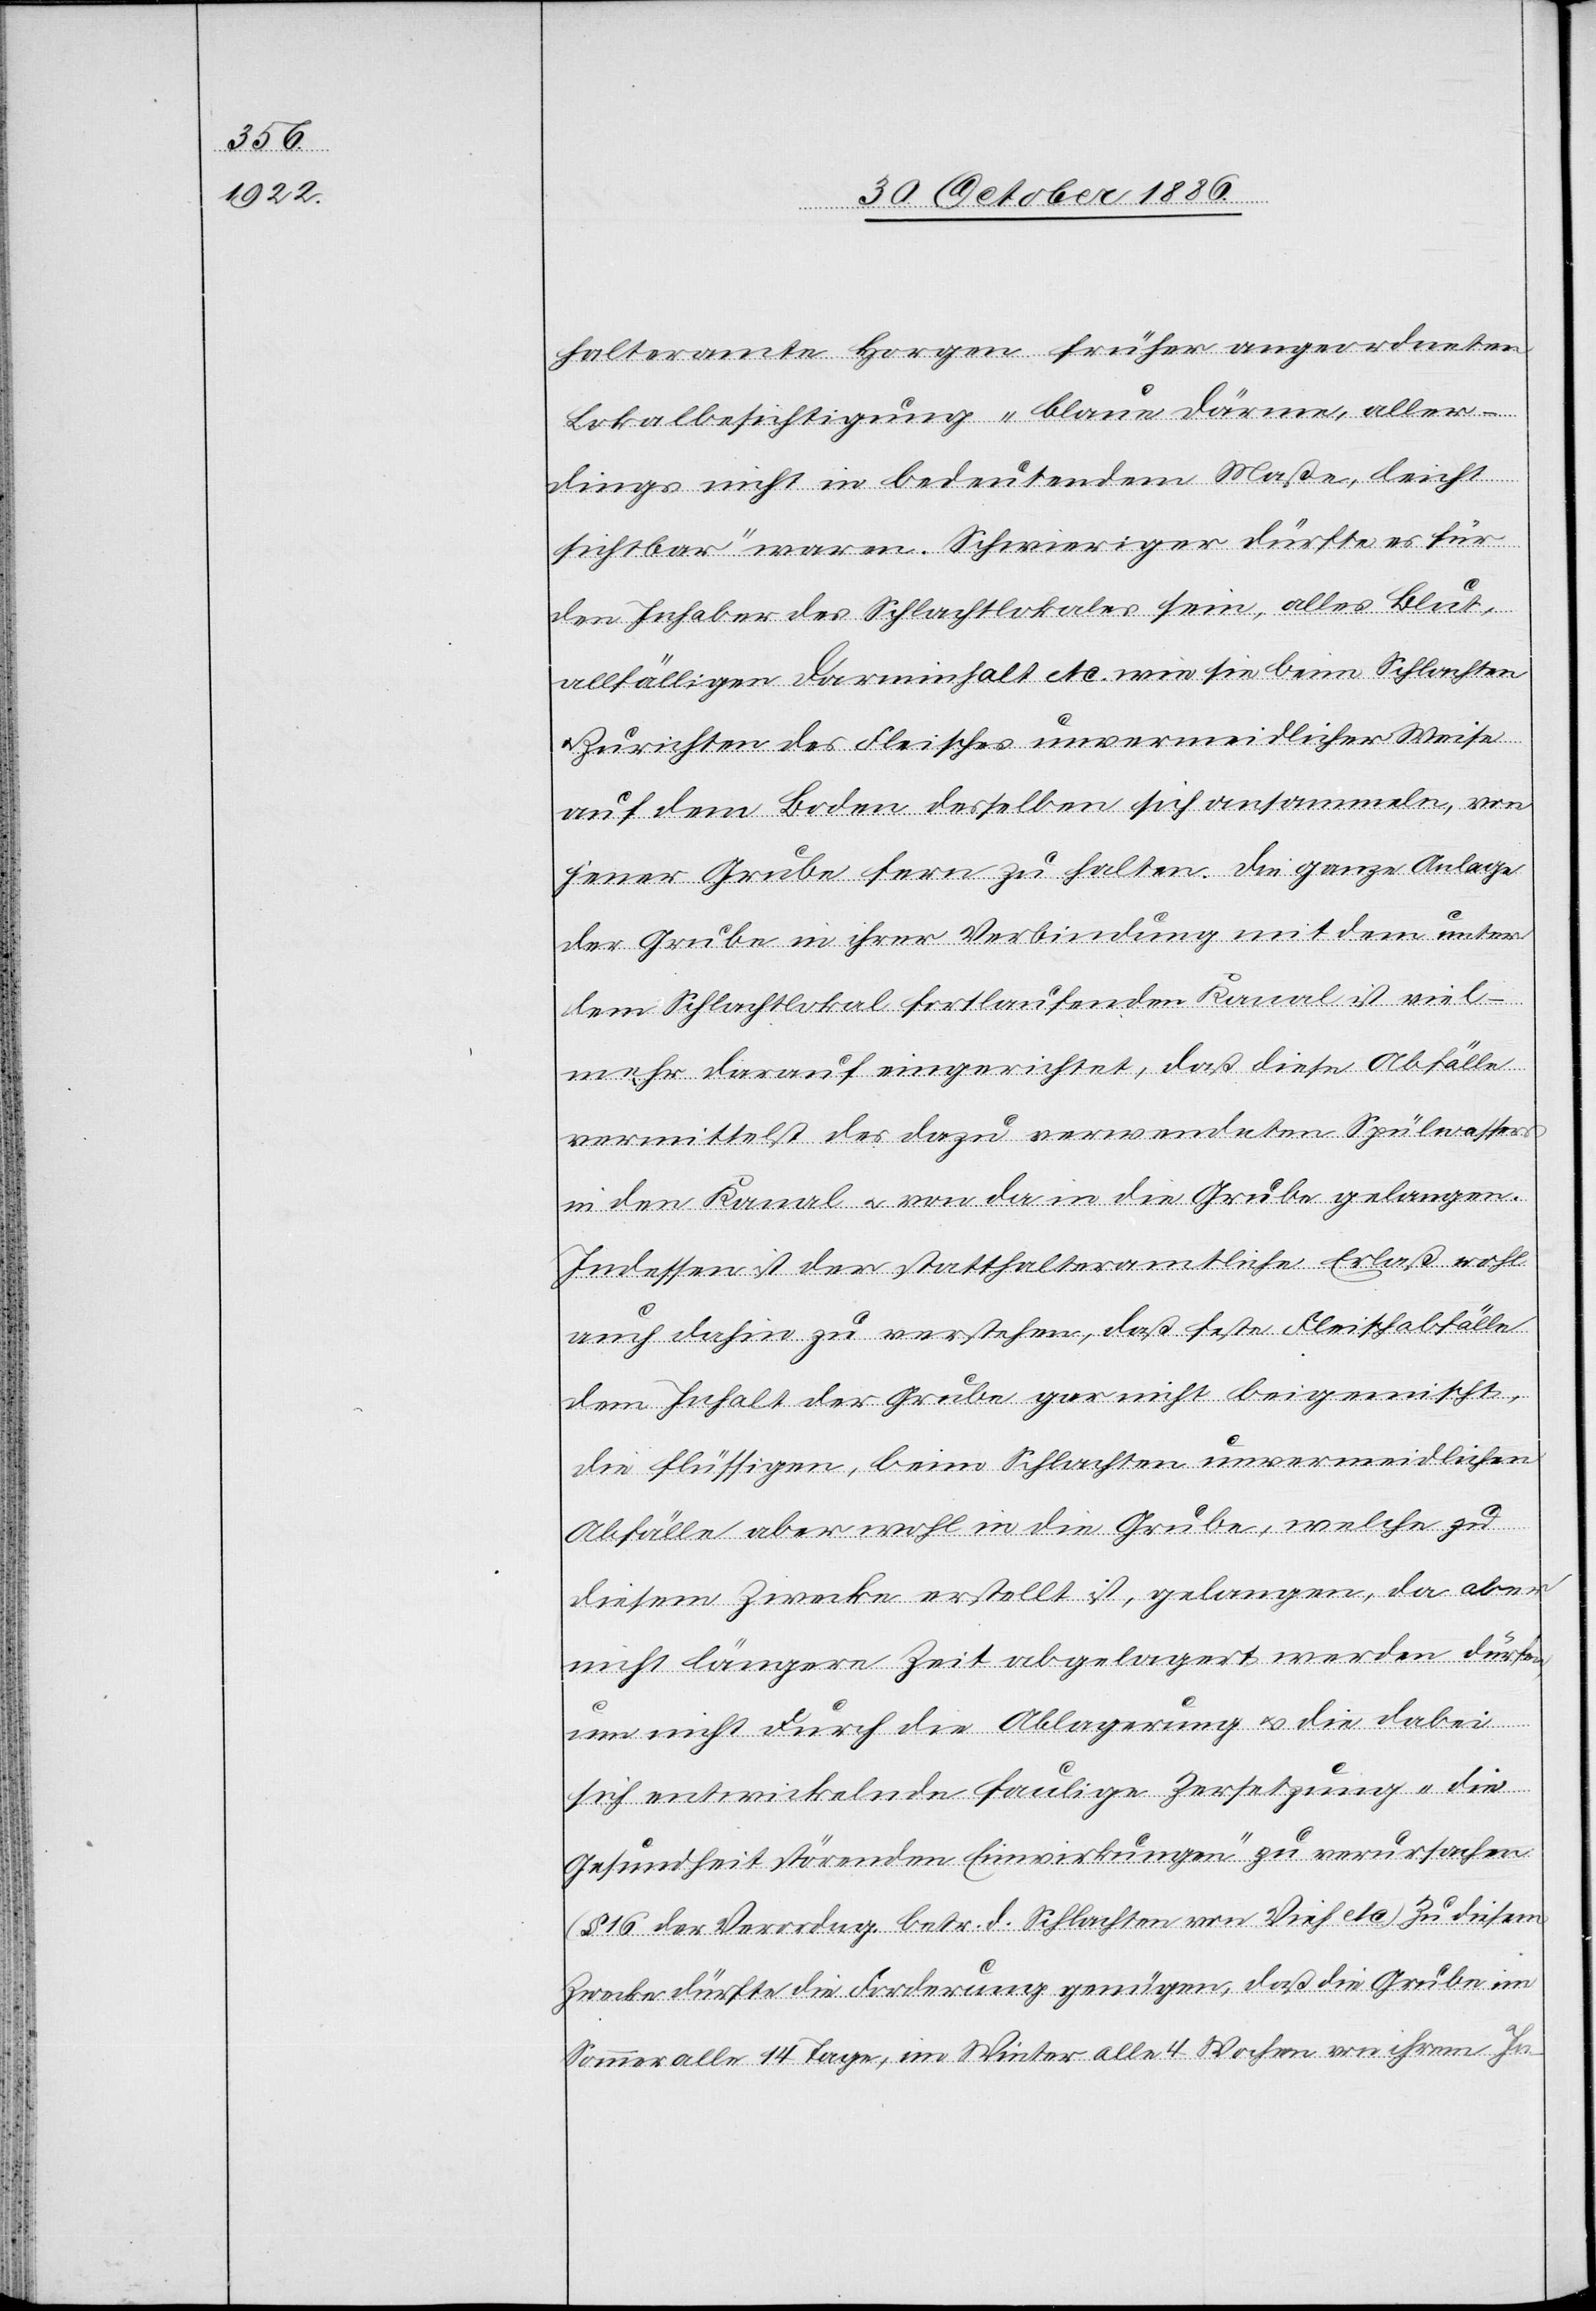
halteramte Horgen früher angeordneten
Lokalbesichtigung „blaue Därme, aller¬
dings nicht in bedeutendem Maße, leicht
sichtbar“ waren. Schwieriger dürfte es für
den Inhaber des Schlachtlokales sein, alles Blut,
allfälligen Darminhalt etc. wie sie beim Schlachten
Zurichten des Fleisches unvermeidlicher Weise
auf dem Boden desselben sich ansammeln, von
jener Grube fern zu halten. Die ganze Anlage
der Grube in ihrer Verbindung mit dem unter
dem Schlachtlokal fortlaufenden Kanal ist viel¬
mehr darauf eingerichtet, daß diese Abfälle
vermittelst des dazu verwendeten Spülwassers
in den Kanal & von da in die Grube gelangen.
Indessen ist der statthalteramtliche Erlaß wohl
auch dahin zu verstehen, daß feste Fleischabfälle
dem Inhalt der Grube gar nicht beigemischt,
die flüssigen, beim Schlachten unvermeidlichen
Abfälle aber wohl in die Grube, welche zu
diesem Zwecke erstellt ist, gelangen, da aber
nicht längere Zeit abgelagert werden dürfen,
um nicht durch die Ablagerung & die dabei
sich entwickelnde faulige Zersetzung „die
Gesundheit störenden Einwirkungen“ zu verursachen
(§ 16 der Verordng. betr. d. Schlachten von Vieh etc.). Zu diesem
Zwecke dürfte die Forderung genügen, daß die Grube im
Sommer alle 14 Tage, im Winter alle 4 Wochen von ihrem In-